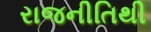
રાજનીતિથી